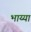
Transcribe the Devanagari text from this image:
भाय्या